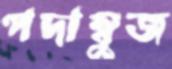
পদাম্বুজ